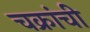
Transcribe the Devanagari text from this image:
चक्रांची